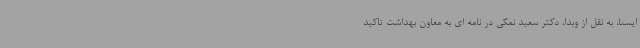
ایسنا، به نقل از وبدا، دکتر سعید نمکی در نامه ای به معاون بهداشت تاکید